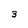
Character: 3